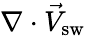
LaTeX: \nabla\cdot\vec{V}_{\mathrm{sw}}